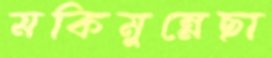
মকিমুন্নেছা